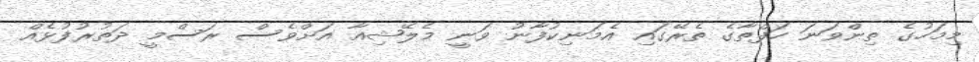
މިމަހުގެ ތިންވަނަ ހަފްތާގެ ތެރޭގައި އެމަނިކުފާނު ވަނީ މެލޭޝިއާ އަށްވެސް ރަސްމީ ދަތުރުފުޅެއް